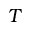
T